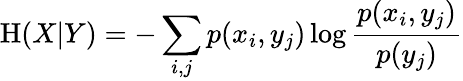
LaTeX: \mathrm{H}(X|Y)=-\sum_{i,j}p(x_{i},y_{j})\log{\frac{p(x_{i},y_{j})}{p(y_{j})}}